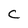
Character: C